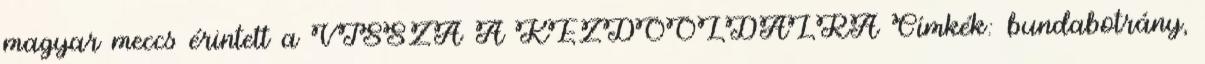
magyar meccs érintett a VISSZA A KEZDŐOLDALRA Címkék: bundabotrány,